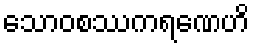
သောဝစဿကရဏေဟိ